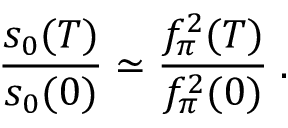
\frac { s _ { 0 } ( T ) } { s _ { 0 } ( 0 ) } \simeq \frac { f _ { \pi } ^ { 2 } ( T ) } { f _ { \pi } ^ { 2 } ( 0 ) } \; .